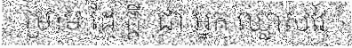
ម្រាម ដៃ ក្តី  ជា អ្នក ឈ្លាសវៃ